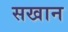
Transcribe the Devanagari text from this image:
सखान